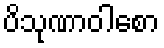
ပိသုဏာဝါစော